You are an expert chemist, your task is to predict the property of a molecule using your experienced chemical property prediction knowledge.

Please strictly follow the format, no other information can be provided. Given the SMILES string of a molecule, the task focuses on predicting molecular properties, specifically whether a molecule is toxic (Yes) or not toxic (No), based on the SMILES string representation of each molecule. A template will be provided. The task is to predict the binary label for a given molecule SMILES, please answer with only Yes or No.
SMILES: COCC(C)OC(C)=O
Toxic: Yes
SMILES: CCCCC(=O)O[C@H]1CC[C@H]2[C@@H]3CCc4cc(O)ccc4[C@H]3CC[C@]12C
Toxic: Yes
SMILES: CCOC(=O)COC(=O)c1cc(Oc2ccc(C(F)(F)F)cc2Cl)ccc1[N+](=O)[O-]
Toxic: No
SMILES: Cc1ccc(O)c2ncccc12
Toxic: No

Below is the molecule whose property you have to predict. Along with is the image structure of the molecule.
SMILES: NC(=O)c1ccccc1O
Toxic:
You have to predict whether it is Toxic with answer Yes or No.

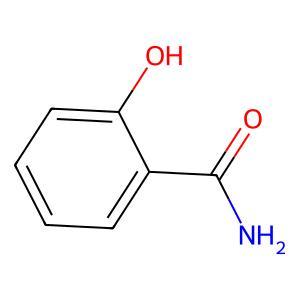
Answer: No